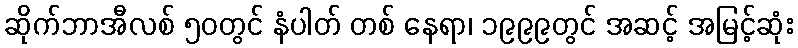
ဆိုက်ဘာအီလစ် ၅၀တွင် နံပါတ် တစ် နေရာ၊ ၁၉၉၉တွင် အဆင့် အမြင့်ဆုံး